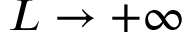
L \rightarrow + \infty